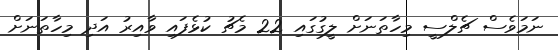
ނަމަވެސް ޗެލްސީ މިހާތަނަށް ލީގުގައި 22 މެޗު ކުޅެފައި ވާއިރު އަދި މިހާތަނަށް